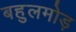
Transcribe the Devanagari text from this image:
बहुलमोड़